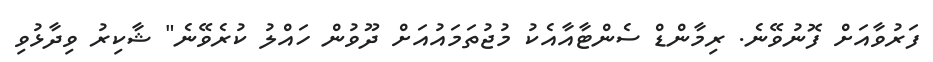
ފަރުވާއަށް ފޮނުވޭނެ. ރިމާންޑް ސެންޓާއާއެކު މުޖުތަމައުއަށް ދޫވުން ހައްލު ކުރެވޭނެ" ޝާކިރު ވިދާޅުވި